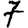
Digit: 7